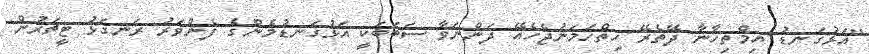
"އަޅުގަނޑު އިމްތިހާނާ ދޭތެރޭ ހިތްހަމަނުޖެހެއޭ ދަންނަވާ ސަބަބަކީ އަޅުގަނޑުމެންގެ ފެންވަރު ރަނގަޅު ޓީޗަރުން